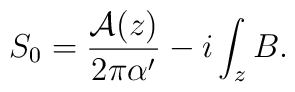
S_0 =\frac{{\cal A}(z)}{2\pi\alpha^{\prime}}-i\int_z B.